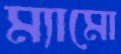
ম্যামো